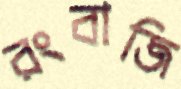
রংবাজি